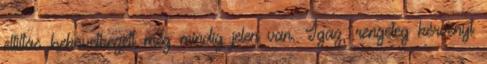
eltiltás bekövetkezett még mindig jelen van. Igaz, rengeteg kérvényt